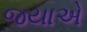
જયાએ